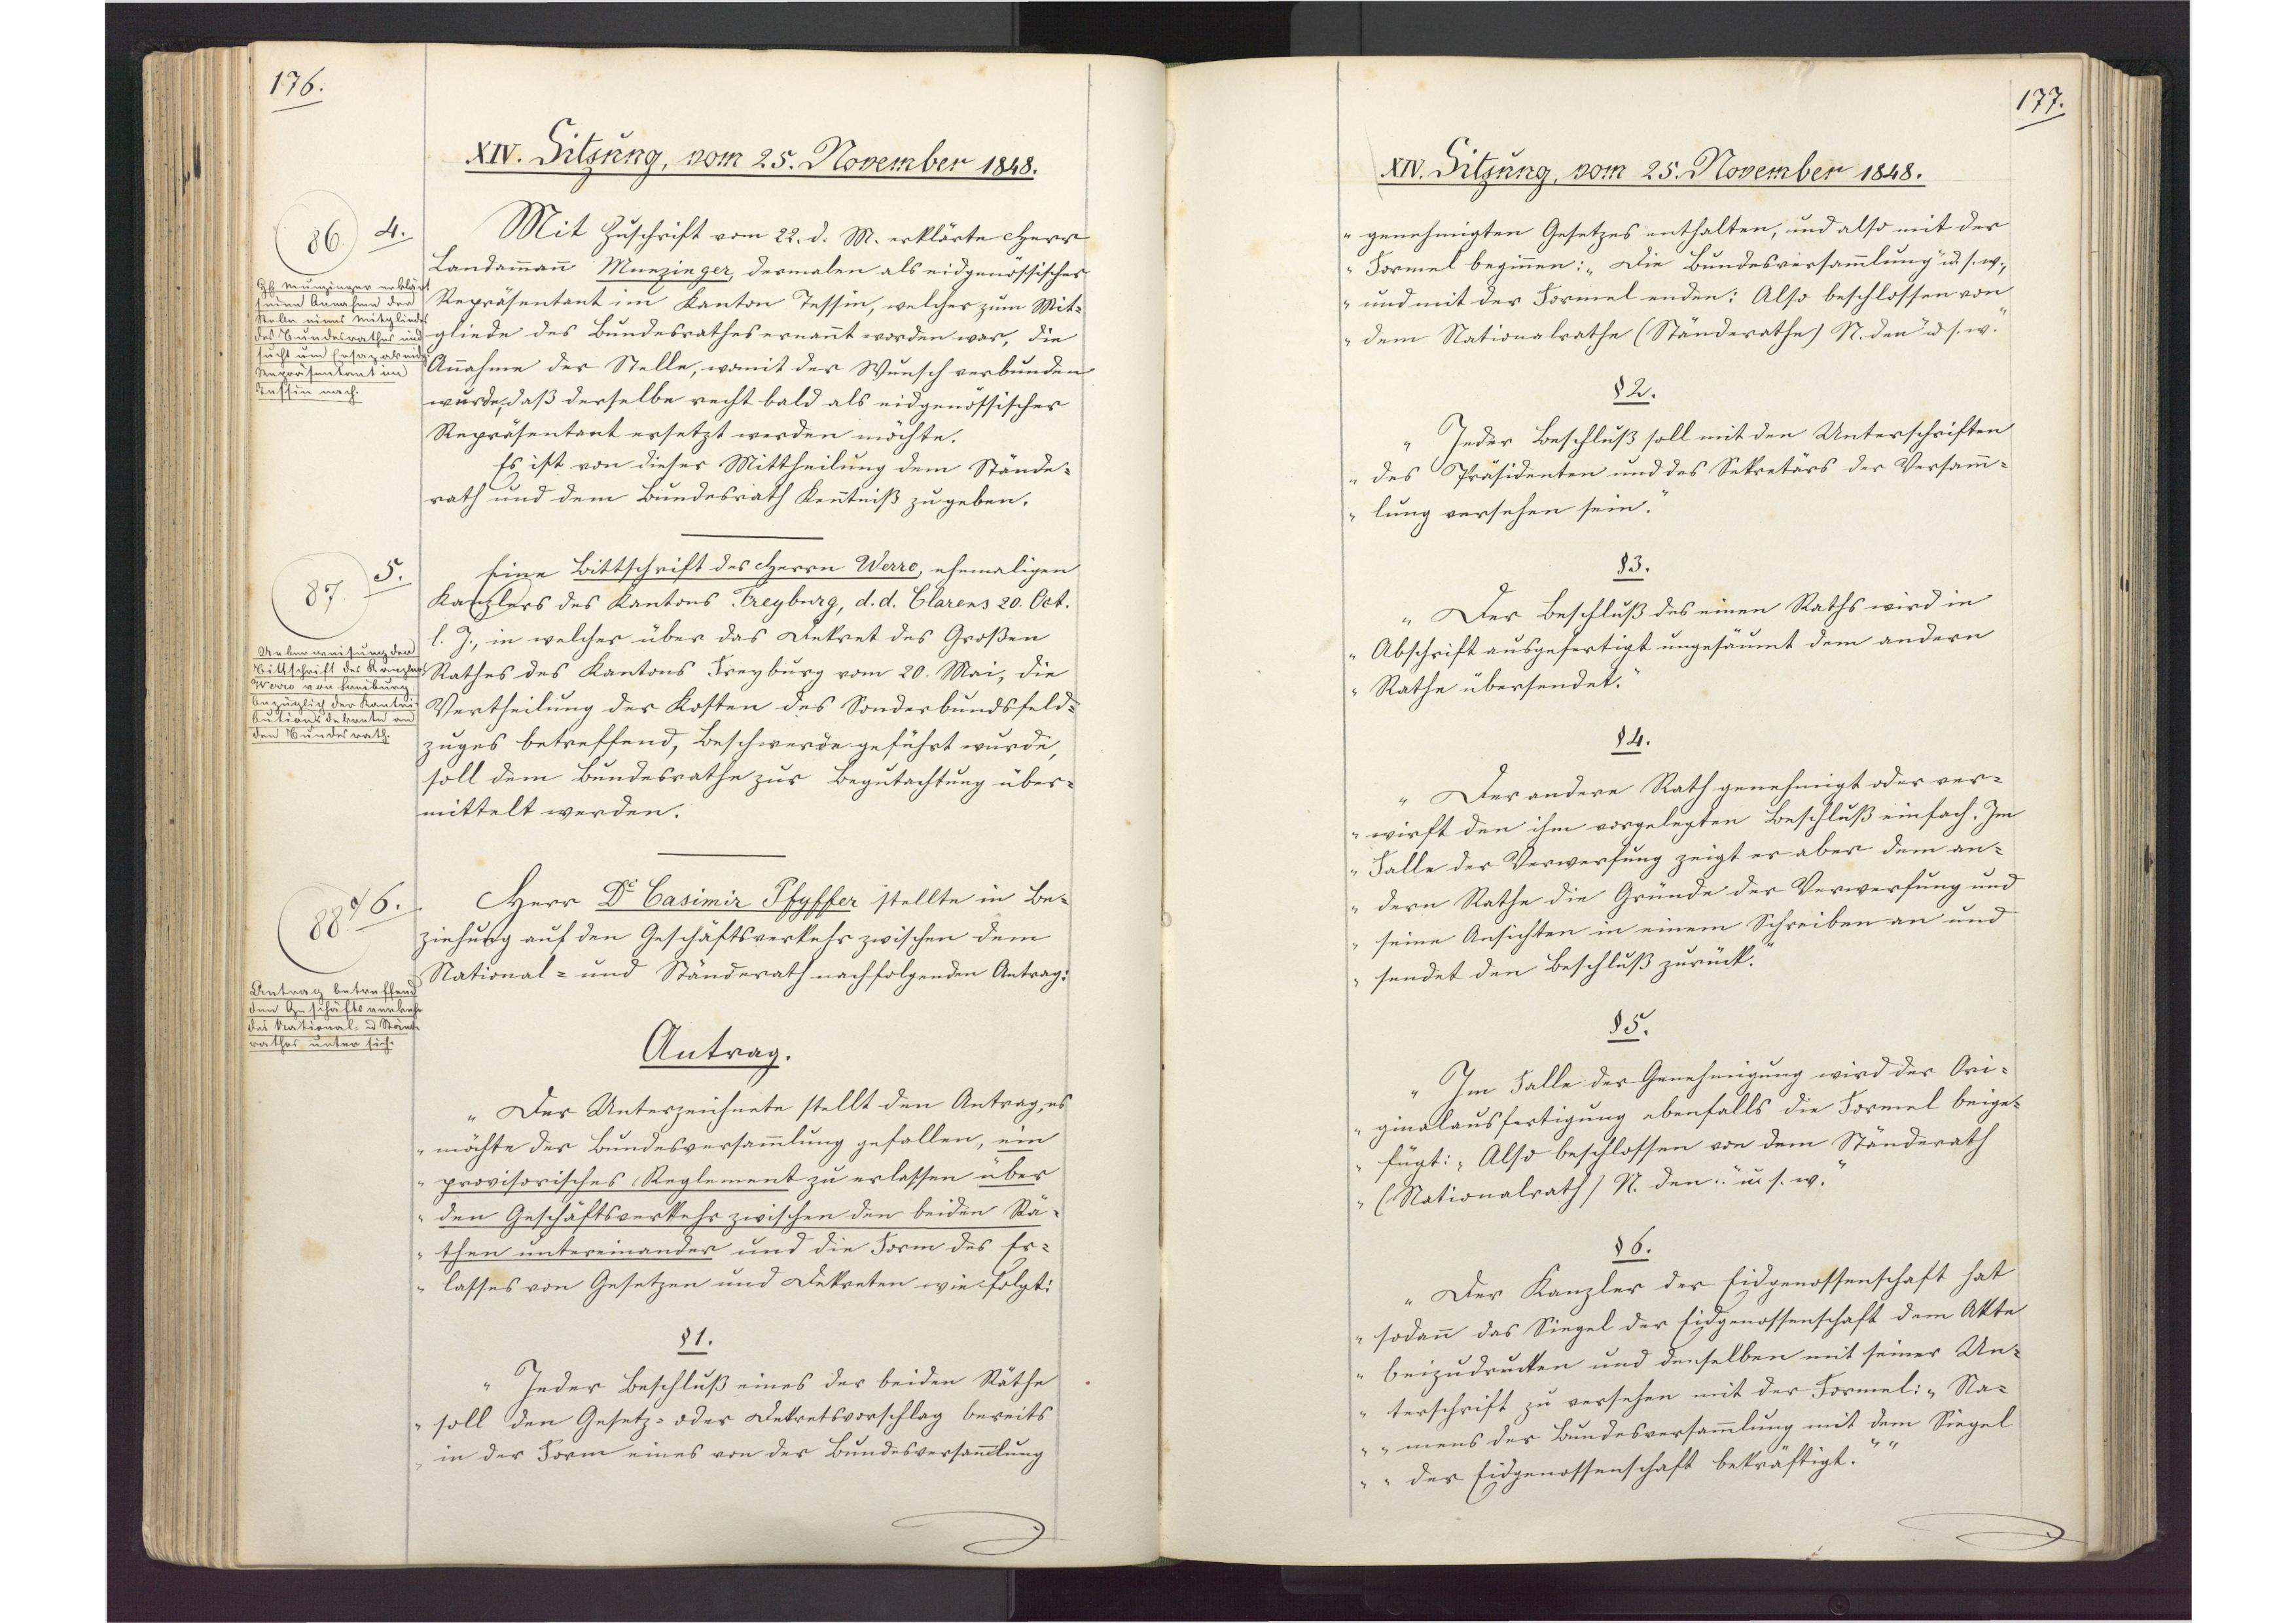
176.

XIV. Sitzung, vom 25. November 1848.

Mit Zuschrift vom 22. d. M. erklärte Herr
Landammann Munzinger, dermalen als eidgenössischer
Repräsentant im Kanton Tessin, welcher zum Mit¬
gliede des Bundesrathes ernannt worden war, die
Annahme der Stelle, womit der Wunsch verbunden
wurde, daß derselbe recht bald als eidgenössischer
Repräsentant ersetzt werden möchte
Es ist von dieser Mittheilung dem Stände¬
rath und dem Bundesrath Kenntniß zu geben.
Eine Bittschrift des Herrn Werre, ehemaligen
Kanzlers des Kantons Freyburg, d.d. Clarens 20. Oct
l. J., in welcher über das Dekret des Großen
Rathes des Kantons Freyburg vom 20. Mai, die
Vertheilung der Kosten des Sonderbundsfeld¬
zuges betreffend Beschwerde geführt wurde,
soll dem Bundesrathe zur Begutachtung über¬
mittelt werden.
Herr Dr. Casimir Pfyffer stellte in Be¬
ziehung auf den Geschäftsverkehr zwischen dem
National- und Ständerath nachfolgenden Antrag:
Antrag.
"Der Unterzeichnete stellt den Antrag, es
möchte der Bundesversammlung gefallen, ein
provisorisches Reglement zu erlassen über
den Geschäftsverkehr zwischen den beiden Rä¬
then untereinander und die Form des Er¬
lasses von Gesetzen und Dekreten wie folgt:
§1.
Jeder Beschluß eines der beiden Räthe
soll den Gesetz- oder Dekretsvorschlag bereits
in der Form eines von der Bundesversammlung

4.
86
Herr Munsinger erklärt
seine Annahme der
Stelle eines Mitgliedes
des Bundesrathes und
sucht um Ersaz als eidg.
Repräsentant im
Tessin nach.

5.
87
Ueberweisung der
Bittschrift des Kanzlers
Werro von Freibung
bezüglich der Kontri¬
butionsdekrete an
den Bundesrath.

6.
88
Antrag betreffend
den Geschäftsverkehr
des National und Stände¬
rathes unter sich.

177.

XIV. Sitzung, vom 25. November 1848.

genehmigten Gesetzes enthalten, und also mit der
Formel beginnen: "Die Bundesversammlung u.s.w.,
und mit der Formel enden: Also beschlossen von
dem Nationalrathe (Ständerathe) N. den u.s.w."
§2.
Jeder Beschluß soll mit den Unterschriften
des Präsidenten und des Sekretärs der Versamm¬
lung versehen sein.
§3.
Der Beschluß des einen Raths wird in
Abschrift ausgefertig ungesäumt dem andern
Rathe übersendet.
§4.
Der andere Rath genehmigt oder ver¬
wirft den ihm vorgelegten Beschluß einfach. Im
Falle der Verwerfung zeigt er aber dem an¬
dern Rathe die Gründe der Verwerfung und
seine Ansichten in einem Schreiben an und
sendet den Beschluß zurück.
§5.
Im Falle der Genehmigung wird der Ori¬
ginalausfertigung ebenfalls die Formel beige¬
fügt: "Also beschlossen von dem Ständerath
(Nationalrath) N. den .. u.s.w."
§6.
Der Kanzler der Eidgenossenschaft hat
sodann das Siegel der Eidgenossenschaft dem Akte
beizudrucken und denselben mit seiner Un¬
terschrift zu versehen mit der Formel: "Na¬
mens der Bundesversammlung mit dem Siegel
der Eidgenossenschaft bekräftigt."